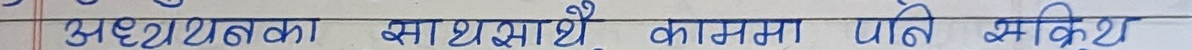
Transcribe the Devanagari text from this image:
अध्ययनका साथै कसमा पनि भक्रिट